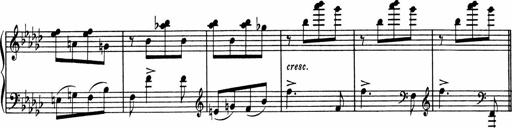
Title: Sonatine pour piano
Composer: Albert Roussel